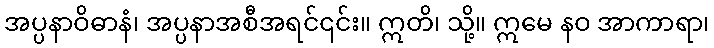
အပ္ပနာဝိဓာနံ၊ အပ္ပနာအစီအရင်၎င်း။ ဣတိ၊ သို့။ ဣမေ နဝ အာကာရာ၊